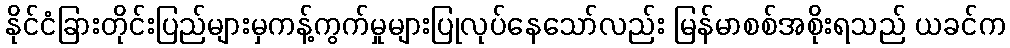
နိုင်ငံခြားတိုင်းပြည်များမှကန့်ကွက်မှုများပြုလုပ်နေသော်လည်း မြန်မာစစ်အစိုးရသည် ယခင်က